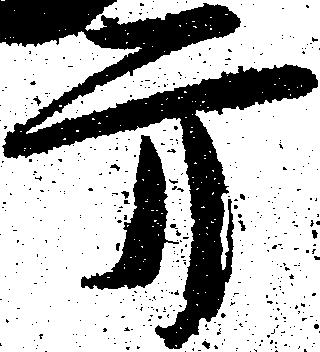
方